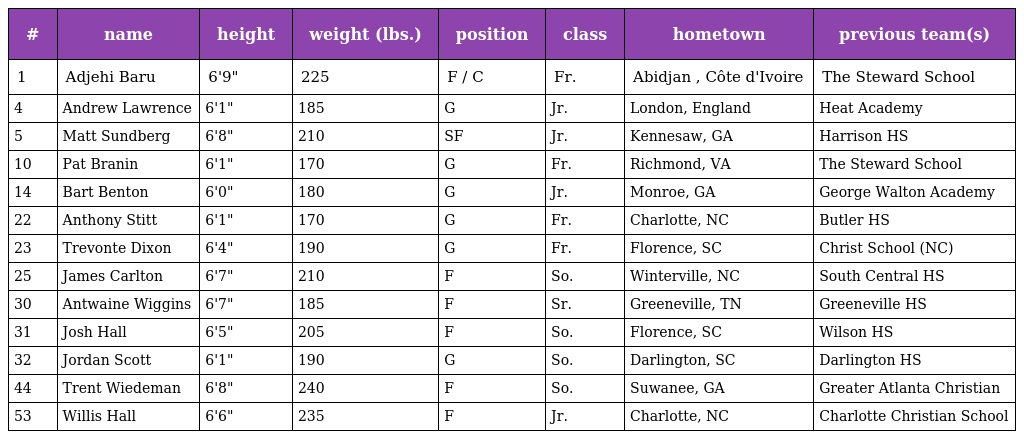
| # | name | height | weight (lbs.) | position | class | hometown | previous team(s) |
 | --- | --- | --- | --- | --- | --- | --- | --- |
 | 1 | Adjehi Baru | 6'9" | 225 | F / C | Fr. | Abidjan , Côte d'Ivoire | The Steward School |
 | 4 | Andrew Lawrence | 6'1" | 185 | G | Jr. | London, England | Heat Academy |
 | 5 | Matt Sundberg | 6'8" | 210 | SF | Jr. | Kennesaw, GA | Harrison HS |
 | 10 | Pat Branin | 6'1" | 170 | G | Fr. | Richmond, VA | The Steward School |
 | 14 | Bart Benton | 6'0" | 180 | G | Jr. | Monroe, GA | George Walton Academy |
 | 22 | Anthony Stitt | 6'1" | 170 | G | Fr. | Charlotte, NC | Butler HS |
 | 23 | Trevonte Dixon | 6'4" | 190 | G | Fr. | Florence, SC | Christ School (NC) |
 | 25 | James Carlton | 6'7" | 210 | F | So. | Winterville, NC | South Central HS |
 | 30 | Antwaine Wiggins | 6'7" | 185 | F | Sr. | Greeneville, TN | Greeneville HS |
 | 31 | Josh Hall | 6'5" | 205 | F | So. | Florence, SC | Wilson HS |
 | 32 | Jordan Scott | 6'1" | 190 | G | So. | Darlington, SC | Darlington HS |
 | 44 | Trent Wiedeman | 6'8" | 240 | F | So. | Suwanee, GA | Greater Atlanta Christian |
 | 53 | Willis Hall | 6'6" | 235 | F | Jr. | Charlotte, NC | Charlotte Christian School |